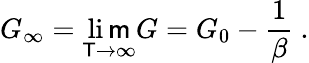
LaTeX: G_{\infty}=\operatorname*{li\mathsf{m}}_{\mathsf{T}\to\infty}G=G_{0}-{\frac{{1}}{{\beta}}}\ .